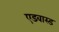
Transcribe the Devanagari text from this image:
एडवास्ड